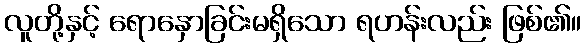
လူတို့နှင့် ရောနှောခြင်းမရှိသော ရဟန်းလည်း ဖြစ်၏။